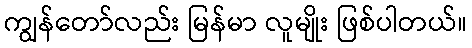
ကျွန်တော်လည်း မြန်မာ လူမျိုး ဖြစ်ပါတယ်။